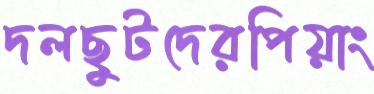
দলছুটদেরপিয়াং